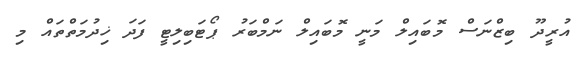
އުރީދޫ ބިޒްނަސް މޮބައިލް މަނީ މޮބައިލް ނަމްބަރު ޕޯޓަބިލިޓީ ފަދަ ޚިދުމަތްތައް މި